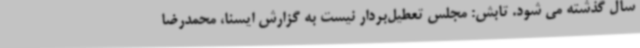
سال گذشته می شود. تابش: مجلس تعطیل‌بردار نیست به گزارش ایسنا، محمدرضا